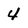
Character: 4